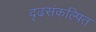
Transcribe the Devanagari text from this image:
दृढसंकल्पित